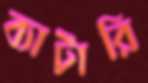
ব্যাটারি